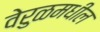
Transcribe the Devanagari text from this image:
वेरुळमधील